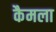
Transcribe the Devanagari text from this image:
कैमला